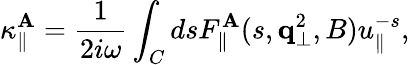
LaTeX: \kappa_{\parallel}^{\mathbf{A}}={\frac{{1}}{{2i\omega}}}\int_{C}dsF_{\parallel}^{\mathbf{A}}(s,{\mathbf{q}}_{\bot}^{2},B)u_{\parallel}^{-s},